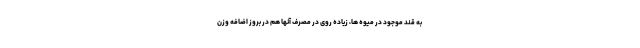
به قند موجود در میوه ها، زیاده روی در مصرف آنها هم در بروز اضافه وزن